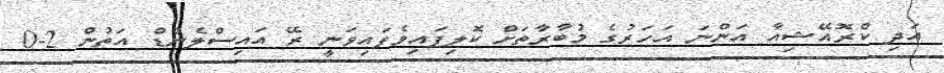
އަދި ކްރޮއޭޝިއާ އަންނަ އަހަރުގެ މުބާރާތަށް ކޮލިފައިވެފައިވަނީ ރޭ އައިސްލެންޑް އަތުން 2-0